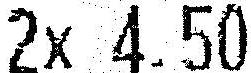
2X 4.50